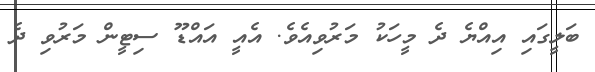
ބަލީގައި އިއްޔެ ދެ މީހަކު މަރުވިއެވެ. އެއީ އައްޑޫ ސިޓީން މަރުވި ދެ